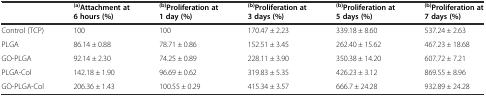
|  | (a)Attachment at 6 hours (%) | (b)Proliferation at 1 day (%) | (b)Proliferation at 3 days (%) | (b)Proliferation at 5 days (%) | (b)Proliferation at 7 days (%) |
 | --- | --- | --- | --- | --- | --- |
 | Control (TCP) | 100 | 100 | 170.47 ± 2.23 | 339.18 ± 8.60 | 537.24 ± 2.63 |
 | PLGA | 86.14 ± 0.88 | 78.71 ± 0.86 | 152.51 ± 3.45 | 262.40 ± 15.62 | 467.23 ± 18.68 |
 | GO-PLGA | 92.14 ± 2.30 | 74.25 ± 0.89 | 228.11 ± 3.90 | 350.38 ± 14.20 | 607.72 ± 7.21 |
 | PLGA-Col | 142.18 ± 1.90 | 96.69 ± 0.62 | 319.83 ± 5.35 | 426.23 ± 3.12 | 869.55 ± 8.96 |
 | GO-PLGA-Col | 206.36 ± 1.43 | 100.55 ± 0.29 | 415.34 ± 3.57 | 666.7 ± 24.28 | 932.89 ± 24.28 |